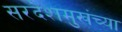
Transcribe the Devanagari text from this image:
सरदेशमुखंच्या